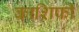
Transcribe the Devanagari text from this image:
काशिफी